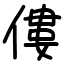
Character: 僂